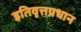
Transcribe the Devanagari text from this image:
इतिवृत्तप्रधान